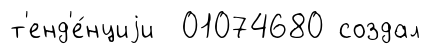
т'енд'е́нциjи 01074680 создал